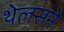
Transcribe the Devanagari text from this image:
थेलसने